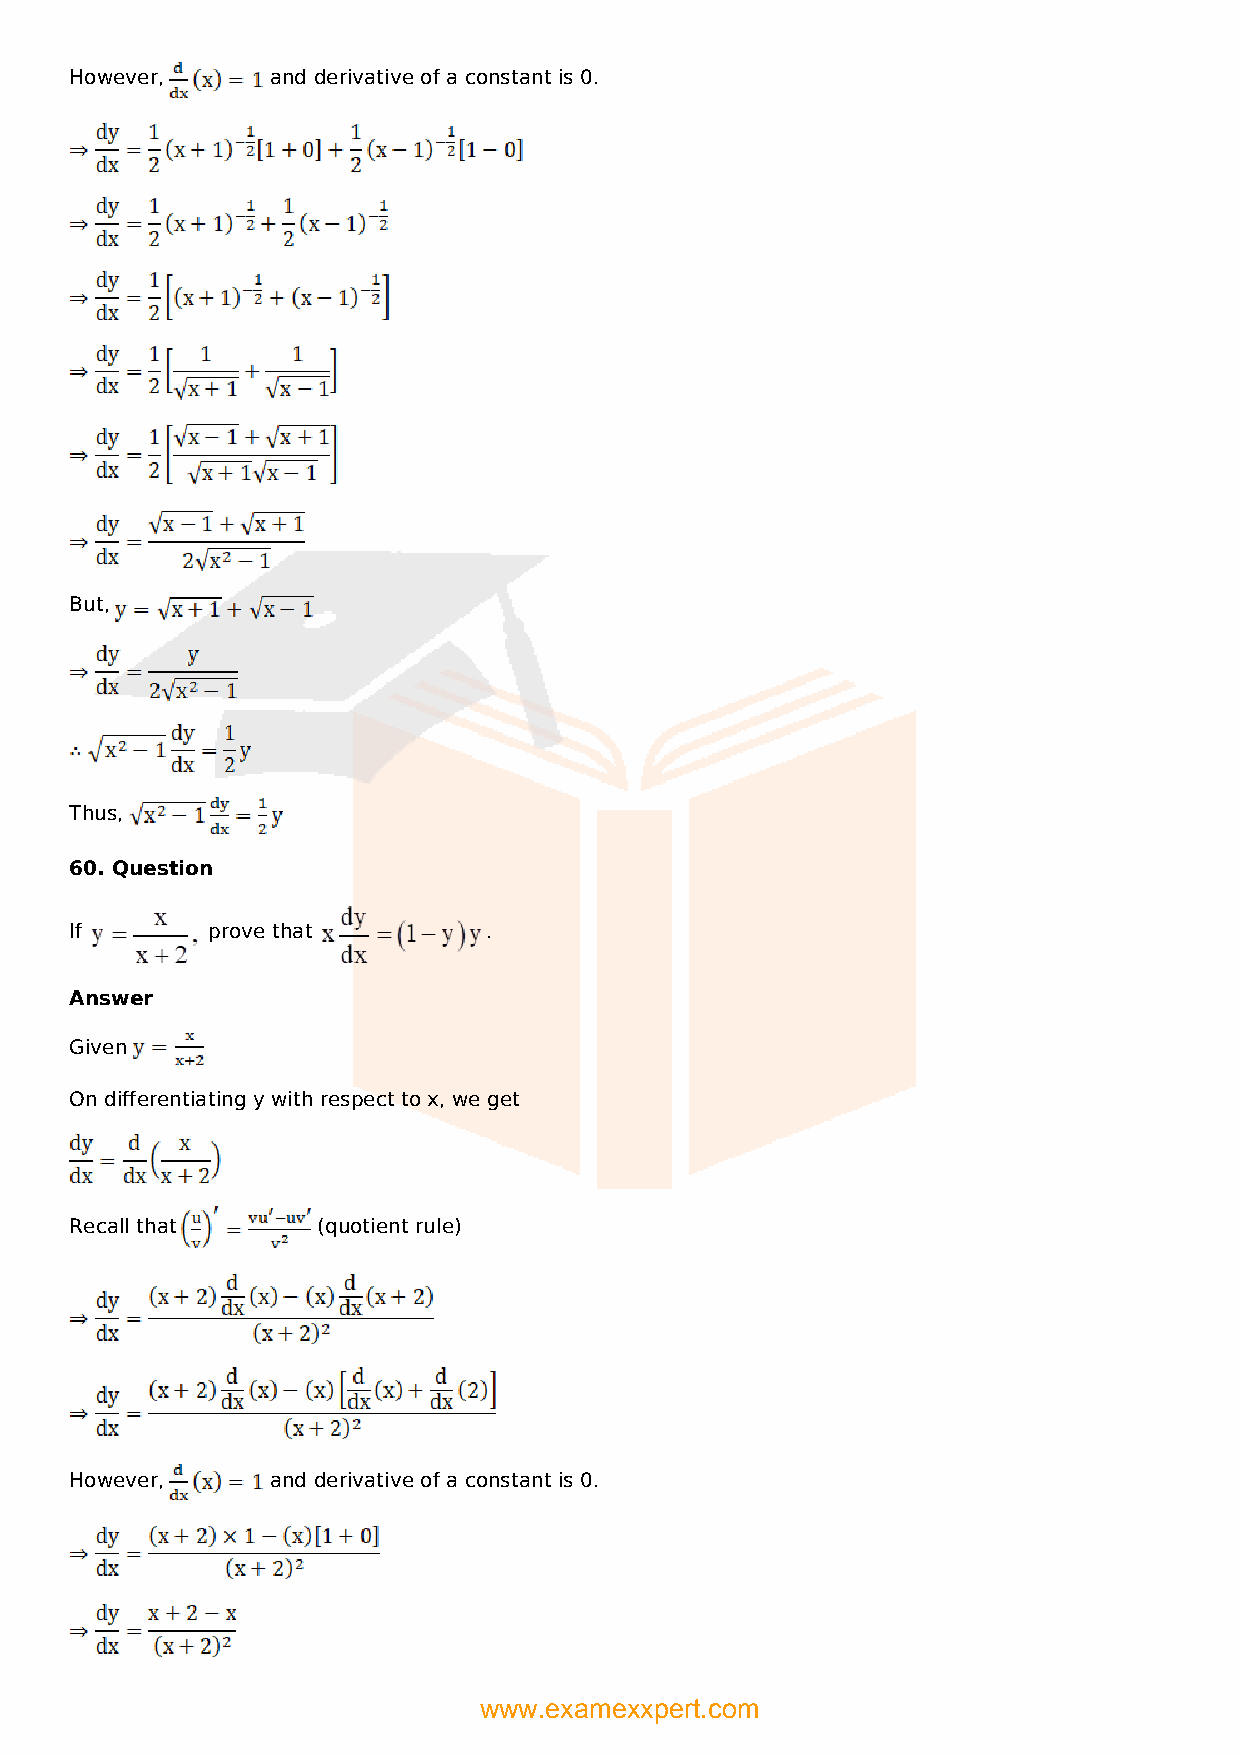
However,     and derivative of a constant is 0.
 But,
 Thus,
 60. Question
 If       prove that        .
 Answer
 Given
 On differentiating y with respect to x, we get
 Recall that     (quotient rule)
 However,     and derivative of a constant is 0.
 www.examexxpert.com